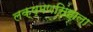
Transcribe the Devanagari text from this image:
लक्ष्मणसिंहाला